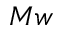
M w